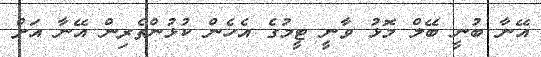
އޭނާ ބުނީ ބޭލް މޮޅު ވާނީ ޓީމުގެ އެހެން ކުޅުންތެރިން އޭނާ އަށް